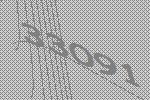
33091